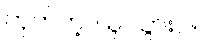
ဟုတ်ကဲ့၊ ယူ သွားပါ။